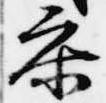
参